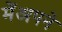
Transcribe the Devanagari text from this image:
मेंअपने